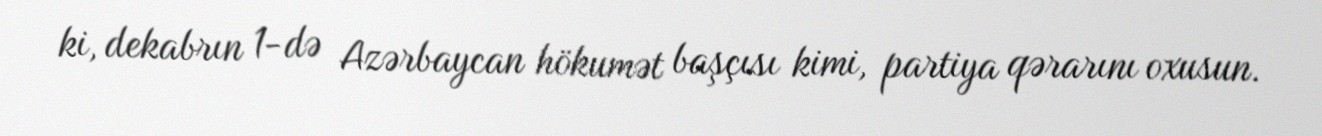
ki, dekabrın 1-də Azərbaycan hökumət başçısı kimi, partiya qərarını oxusun.